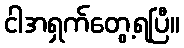
ငါအရှက်တွေ့ရပြီ။